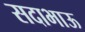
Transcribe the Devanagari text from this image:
सदाभाऊ